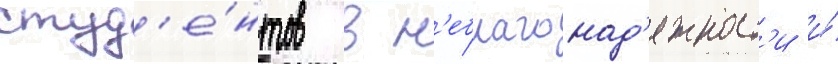
студ'е́нтов в н'еблагонад'ежност'и и́